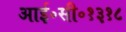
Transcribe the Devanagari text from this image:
आई॰सी॰१३१८